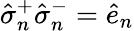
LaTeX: \hat{\sigma}_{n}^{+}\hat{\sigma}_{n}^{-}=\hat{e}_{n}